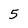
Character: 5